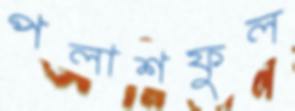
পলাশফুল